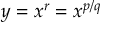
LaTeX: y = x ^ { r } = x ^ { p / q }